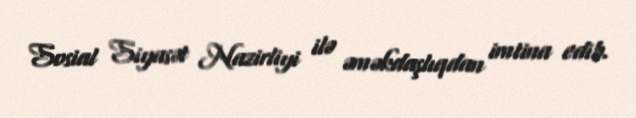
Sosial Siyasət Nazirliyi ilə əməkdaşlıqdan imtina edib.